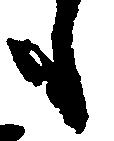
も